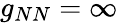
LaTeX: g_{NN}=\infty